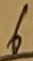
Text: 6